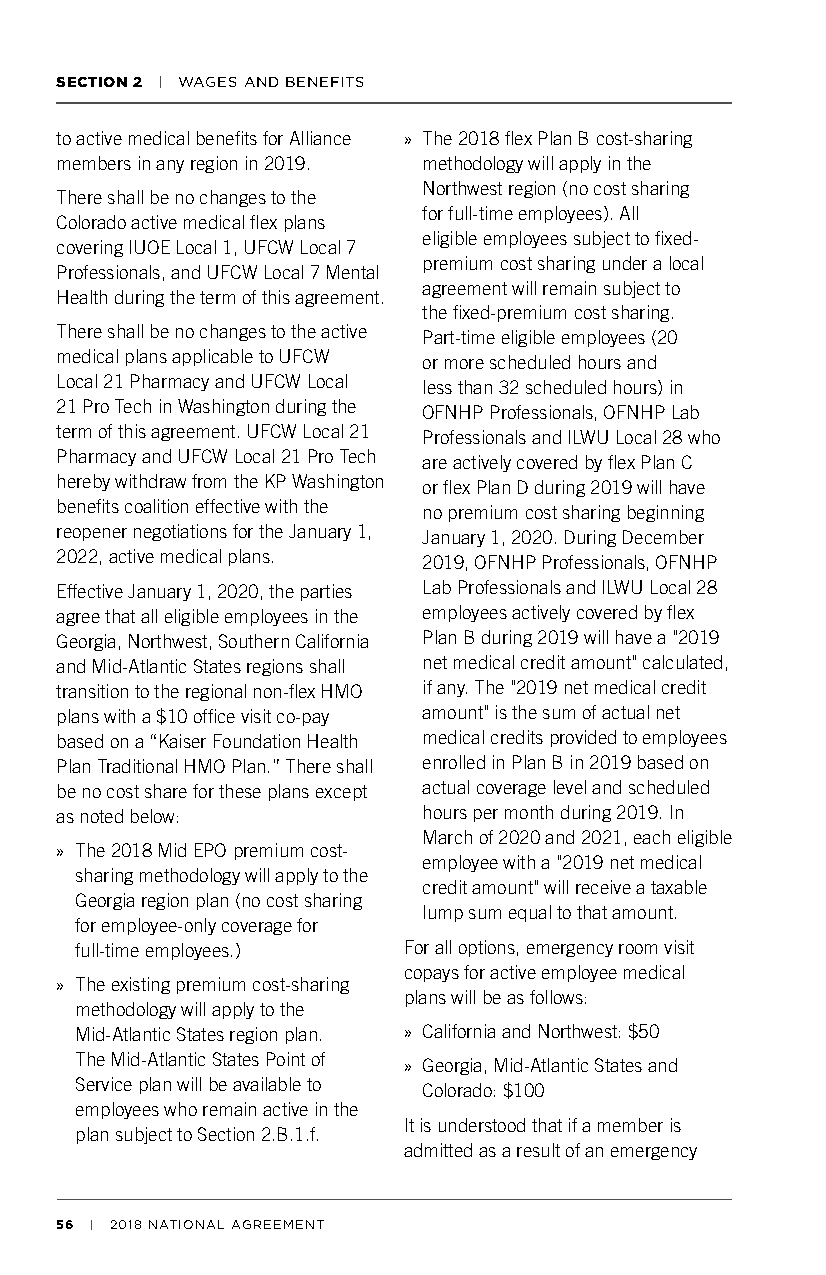
SECTION 2 | WAGES AND BENEFITS
 to active medical benefits for Alliance » The 2018 flex Plan B cost-sharing
 members in any region in 2019. methodology will apply in the
 Northwest region (no cost sharing
 There shall be no changes to the
 for full-time employees). All
 Colorado active medical flex plans
 eligible employees subject to fixed-
 covering IUOE Local 1, UFCW Local 7
 premium cost sharing under a local
 Professionals, and UFCW Local 7 Mental
 agreement will remain subject to
 Health during the term of this agreement.
 the fixed-premium cost sharing.
 There shall be no changes to the active Part-time eligible employees (20
 medical plans applicable to UFCW or more scheduled hours and
 Local 21 Pharmacy and UFCW Local less than 32 scheduled hours) in
 21 Pro Tech in Washington during the OFNHP Professionals, OFNHP Lab
 term of this agreement. UFCW Local 21 Professionals and ILWU Local 28 who
 Pharmacy and UFCW Local 21 Pro Tech are actively covered by flex Plan C
 hereby withdraw from the KP Washington or flex Plan D during 2019 will have
 benefits coalition effective with the no premium cost sharing beginning
 reopener negotiations for the January 1, January 1, 2020. During December
 2022, active medical plans. 2019, OFNHP Professionals, OFNHP
 Effective January 1, 2020, the parties Lab Professionals and ILWU Local 28
 agree that all eligible employees in the employees actively covered by flex
 Georgia, Northwest, Southern California Plan B during 2019 will have a "2019
 and Mid-Atlantic States regions shall net medical credit amount" calculated,
 transition to the regional non-flex HMO if any. The "2019 net medical credit
 plans with a $10 office visit co-pay amount" is the sum of actual net
 based on a “Kaiser Foundation Health medical credits provided to employees
 Plan Traditional HMO Plan.” There shall enrolled in Plan B in 2019 based on
 be no cost share for these plans except actual coverage level and scheduled
 as noted below:         hours per month during 2019. In
 March of 2020 and 2021, each eligible
 » The 2018 Mid EPO premium cost-
 employee with a "2019 net medical
 sharing methodology will apply to the
 credit amount" will receive a taxable
 Georgia region plan (no cost sharing
 lump sum equal to that amount.
 for employee-only coverage for
 full-time employees.) For all options, emergency room visit
 copays for active employee medical
 » The existing premium cost-sharing
 plans will be as follows:
 methodology will apply to the
 Mid-Atlantic States region plan. » California and Northwest: $50
 The Mid-Atlantic States Point of » Georgia, Mid-Atlantic States and
 Service plan will be available to Colorado: $100
 employees who remain active in the
 It is understood that if a member is
 plan subject to Section 2.B.1.f.
 admitted as a result of an emergency
 56 | 2018 NATIONAL AGREEMENT